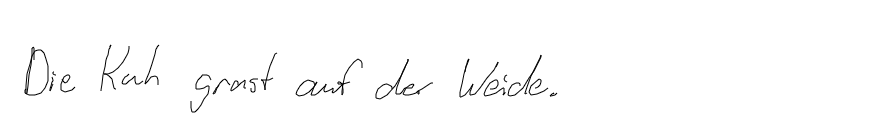
Die Kuh grast auf der Weide.